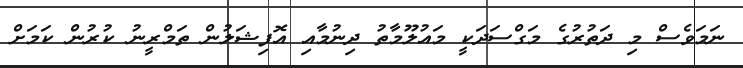
ނަމަވެސް މި ދަތުރުގެ މަގްސަދަކީ މައުލޫމާތު ދިނުމާއި އޮފިޝަލުން ތަމްރީނު ކުރުން ކަމަށް